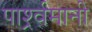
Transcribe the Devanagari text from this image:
पार्श्र्वमानी